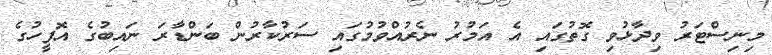
މިނިސްޓަރު ވިދާޅުވި ގޮތުގައި އެ އަމުރު ނެރުއްވުމުގައި ސަރުކާރުން ބަންޑާރަ ނައިބުގެ އޮފީހުގެ